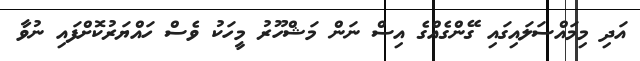
އަދި މިމައްސަލައިގައި ގޭންގެއްގެ އިސް ނަން މަޝްހޫރު މީހަކު ވެސް ހައްޔަރުކޮށްފައި ނުވާ